Civil Veterinary Department Bihar & Orissa reports 1929-36 - 1929-1936
Year: 1929
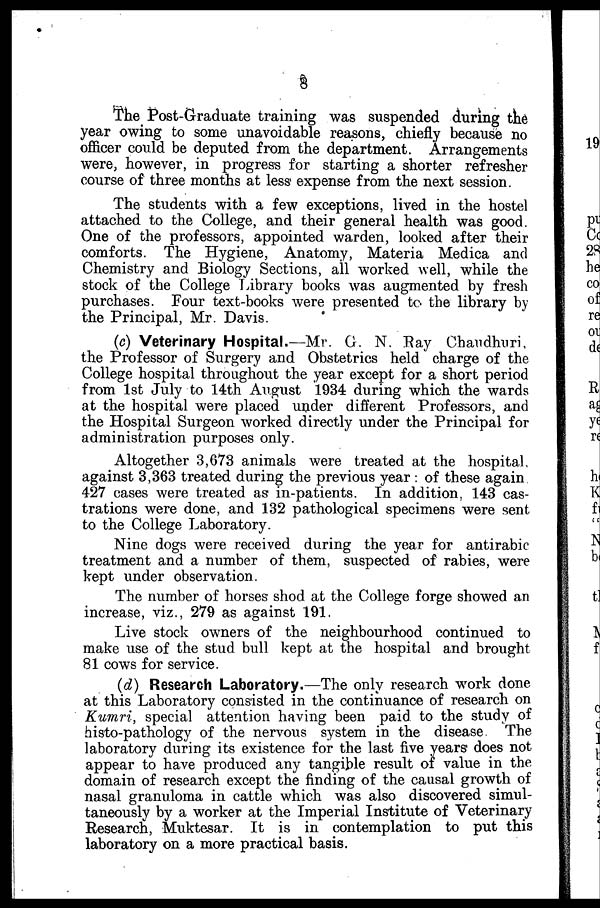
8
The Post-Graduate training was suspended during the
year owing to some unavoidable reasons, chiefly because no
officer could be deputed from the department. Arrangements
were, however, in progress for starting a shorter refresher
course of three months at less expense from the next session.
The students with a few exceptions, lived in the hostel
attached to the College, and their general health was good.
One of the professors, appointed warden, looked after their
comforts. The Hygiene, Anatomy, Materia Medica and
Chemistry and Biology Sections, all worked well, while the
stock of the College Library books was augmented by fresh
purchases. Four text-books were presented to the library by
the Principal, Mr. Davis.
(c) Veterinary Hospital.—Mr. G. N. Ray Chandhnri.
the Professor of Surgery and Obstetrics held charge of the
College hospital throughout the year except for a short period
from 1st July to 14th August 1934 during which the wards
at the hospital were placed under different Professors, and
the Hospital Surgeon worked directly under the Principal for
administration purposes only.
Altogether 3,673 animals were treated at the hospital
against 3,363 treated during the previous year : of these again
427 cases were treated as in-patients. In addition, 143 cas-
trations were done, and 132 pathological specimens were sent
to the College Laboratory.
Nine dogs were received during the year for antirabic
treatment and a number of them, suspected of rabies, were
kept under observation.
The number of horses shod at the College forge showed an
increase, viz., 279 as against 191.
Live stock owners of the neighbourhood continued to
make use of the stud bull kept at the hospital and brought
81 cows for service.
(d) Research Laboratory.—The only research work done
at this Laboratory consisted in the continuance of research on
Kumri, special attention having been paid to the study of
histo-pathology of the nervous system in the disease. The
laboratory during its existence for the last five years does not
appear to have produced any tangible result of value in the
domain of research except the finding of the causal growth of
nasal granuloma in cattle which was also discovered simul-
taneously by a worker at the Imperial Institute of Veterinary
Research, Muktesar. It is in contemplation to put this
laboratory on a more practical basis.